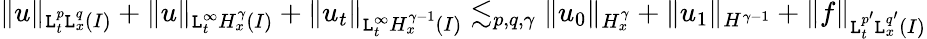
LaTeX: \| u\| _{\mathtt{L}_{t}^{p}\mathtt{L}_{x}^{q}(I)}+\| u\| _{\mathtt{L}_{t}^{\infty}H_{x}^{\gamma}(I)}+\| u_{t}\| _{\mathtt{L}_{t}^{\infty}H_{x}^{\gamma-1}(I)}\lesssim_{p,q,\gamma}\| u_{0}\| _{H_{x}^{\gamma}}+\| u_{1}\| _{H^{\gamma-1}}+\| f\| _{\mathtt{L}_{t}^{p^{\prime}}\mathtt{L}_{x}^{q^{\prime}}(I)}